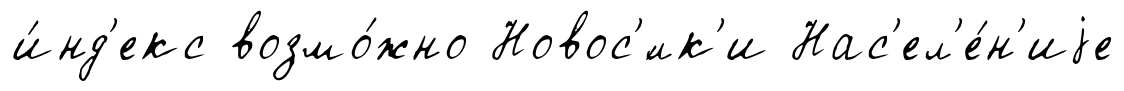
и́нд'екс возмо́жно Новос'́лк'и Нас'ел'е́н'иjе